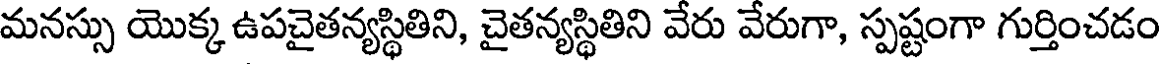
మనస్సు యొక్క ఉపచైతన్యస్థితిని, చైతన్యస్థితిని వేరు వేరుగా, స్పష్టంగా గుర్తించడం